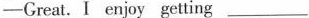
—Great.I enjoy getting ___